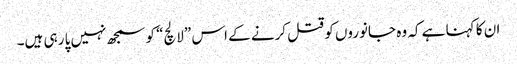
ان کا کہنا ہے کہ وہ جانوروں کو قتل کرنے کے اس ”لالچ“ کو سمجھ نہیں پا رہی ہیں۔